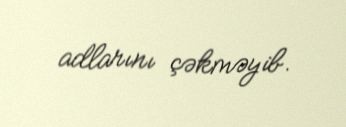
adlarını çəkməyib.